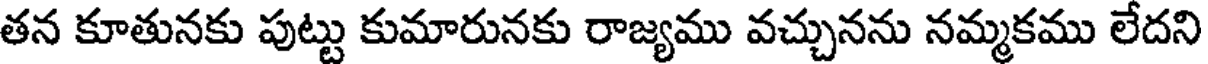
తన కూతునకు పుట్టు కుమారునకు రాజ్యము వచ్చునను నమ్మకము లేదని